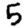
Digit: 5